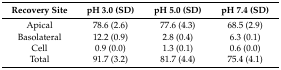
<table><thead><tr><td><b>Recovery Site</b></td><td><b>pH 3.0 (SD)</b></td><td><b>pH 5.0 (SD)</b></td><td><b>pH 7.4 (SD)</b></td></tr></thead><tbody><tr><td>Apical</td><td>78.6 (2.6)</td><td>77.6 (4.3)</td><td>68.5 (2.9)</td></tr><tr><td>Basolateral</td><td>12.2 (0.9)</td><td>2.8 (0.4)</td><td>6.3 (0.1)</td></tr><tr><td>Cell</td><td>0.9 (0.0)</td><td>1.3 (0.1)</td><td>0.6 (0.0)</td></tr><tr><td>Total</td><td>91.7 (3.2)</td><td>81.7 (4.4)</td><td>75.4 (4.1)</td></tr></tbody></table>